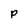
Character: P